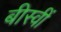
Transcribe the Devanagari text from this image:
बीस्वीं